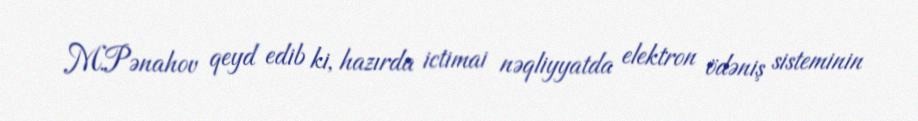
M.Pənahov qeyd edib ki, hazırda ictimai nəqliyyatda elektron ödəniş sisteminin